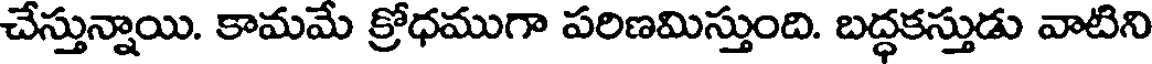
చేస్తున్నాయి. కామమే క్రోధముగా పరిణమిస్తుంది. బద్ధకస్తుడు వాటిని